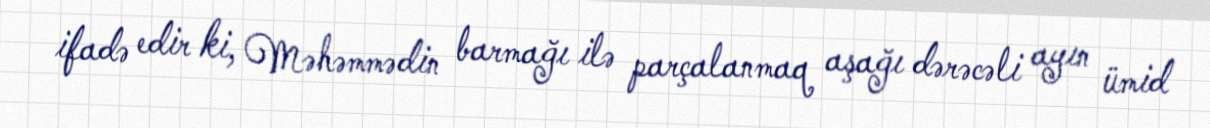
ifadə edir ki, Məhəmmədin barmağı ilə parçalanmaq aşağı dərəcəli ayın ümid